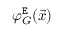
\varphi _ { G } ^ { \tt E } ( \vec { x } )